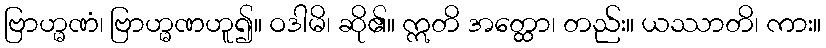
ဗြာဟ္မဏံ၊ ဗြာဟ္မဏဟူ၍။ ဝဒါမိ၊ ဆို၏။ ဣတိ အတ္ထော၊ တည်း။ ယဿာတိ၊ ကား။